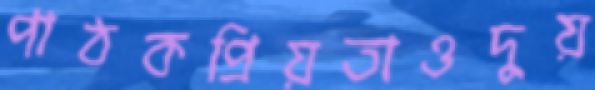
পাঠকপ্রিয়তাওদুয়